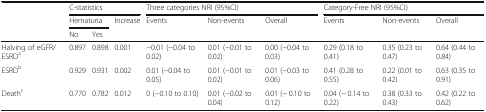
<table><thead><tr><td rowspan="3"></td><td colspan="3"><b>C-statistics</b></td><td colspan="3"><b>Three categories NRI (95%CI)</b></td><td colspan="3"><b>Category-Free NRI (95%CI)</b></td></tr><tr><td colspan="2"><b>Hematuria</b></td><td><b>Increase</b></td><td><b>Events</b></td><td><b>Non-events</b></td><td><b>Overall</b></td><td><b>Events</b></td><td><b>Non-events</b></td><td><b>Overall</b></td></tr><tr><td><b>No</b></td><td><b>Yes</b></td><td></td><td></td><td></td><td></td><td></td><td></td><td></td></tr></thead><tbody><tr><td>Halving of eGFR/ESRD<sup>a</sup></td><td>0.897</td><td>0.898</td><td>0.001</td><td>−0.01 (−0.04 to 0.02)</td><td>0.01 (−0.01 to 0.02)</td><td>0.00 (−0.04 to 0.03)</td><td>0.29 (0.18 to 0.41)</td><td>0.35 (0.23 to 0.47)</td><td>0.64 (0.44 to 0.84)</td></tr><tr><td>ESRD<sup>b</sup></td><td>0.929</td><td>0.931</td><td>0.002</td><td>0.01 (−0.04 to 0.05)</td><td>0.01 (−0.01 to 0.02)</td><td>0.01 (−0.03 to 0.06)</td><td>0.41 (0.28 to 0.55)</td><td>0.22 (0.01 to 0.42)</td><td>0.63 (0.35 to 0.91)</td></tr><tr><td>Death<sup>c</sup></td><td>0.770</td><td>0.782</td><td>0.012</td><td>0 (−0.10 to 0.10)</td><td>0.01 (−0.02 to 0.04)</td><td>0.01 (− 0.10 to 0.12)</td><td>0.04 (− 0.14 to 0.22)</td><td>0.38 (0.33 to 0.43)</td><td>0.42 (0.22 to 0.62)</td></tr></tbody></table>